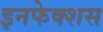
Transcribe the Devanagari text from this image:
इनफेक्शस